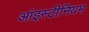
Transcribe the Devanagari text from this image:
आंइस्टीनियम